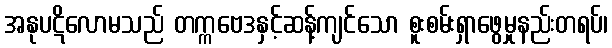
အနုပဋိလောမသည် တက္ကဗေဒနှင့်ဆန့်ကျင်သော စူးစမ်းရှာဖွေမှုနည်းတရပ်၊